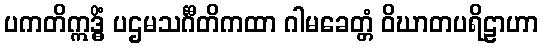
ပကတိဣဒ္ဓိံ ပဌမသင်္ဂီတိကထာ ဂါမခေတ္တံ ဝိဃာတပရိဠာဟာ